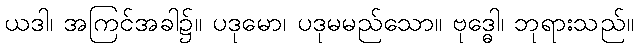
ယဒါ၊ အကြင်အခါ၌။ ပဒုမော၊ ပဒုမမည်သော။ ဗုဒ္ဓေါ၊ ဘုရားသည်။